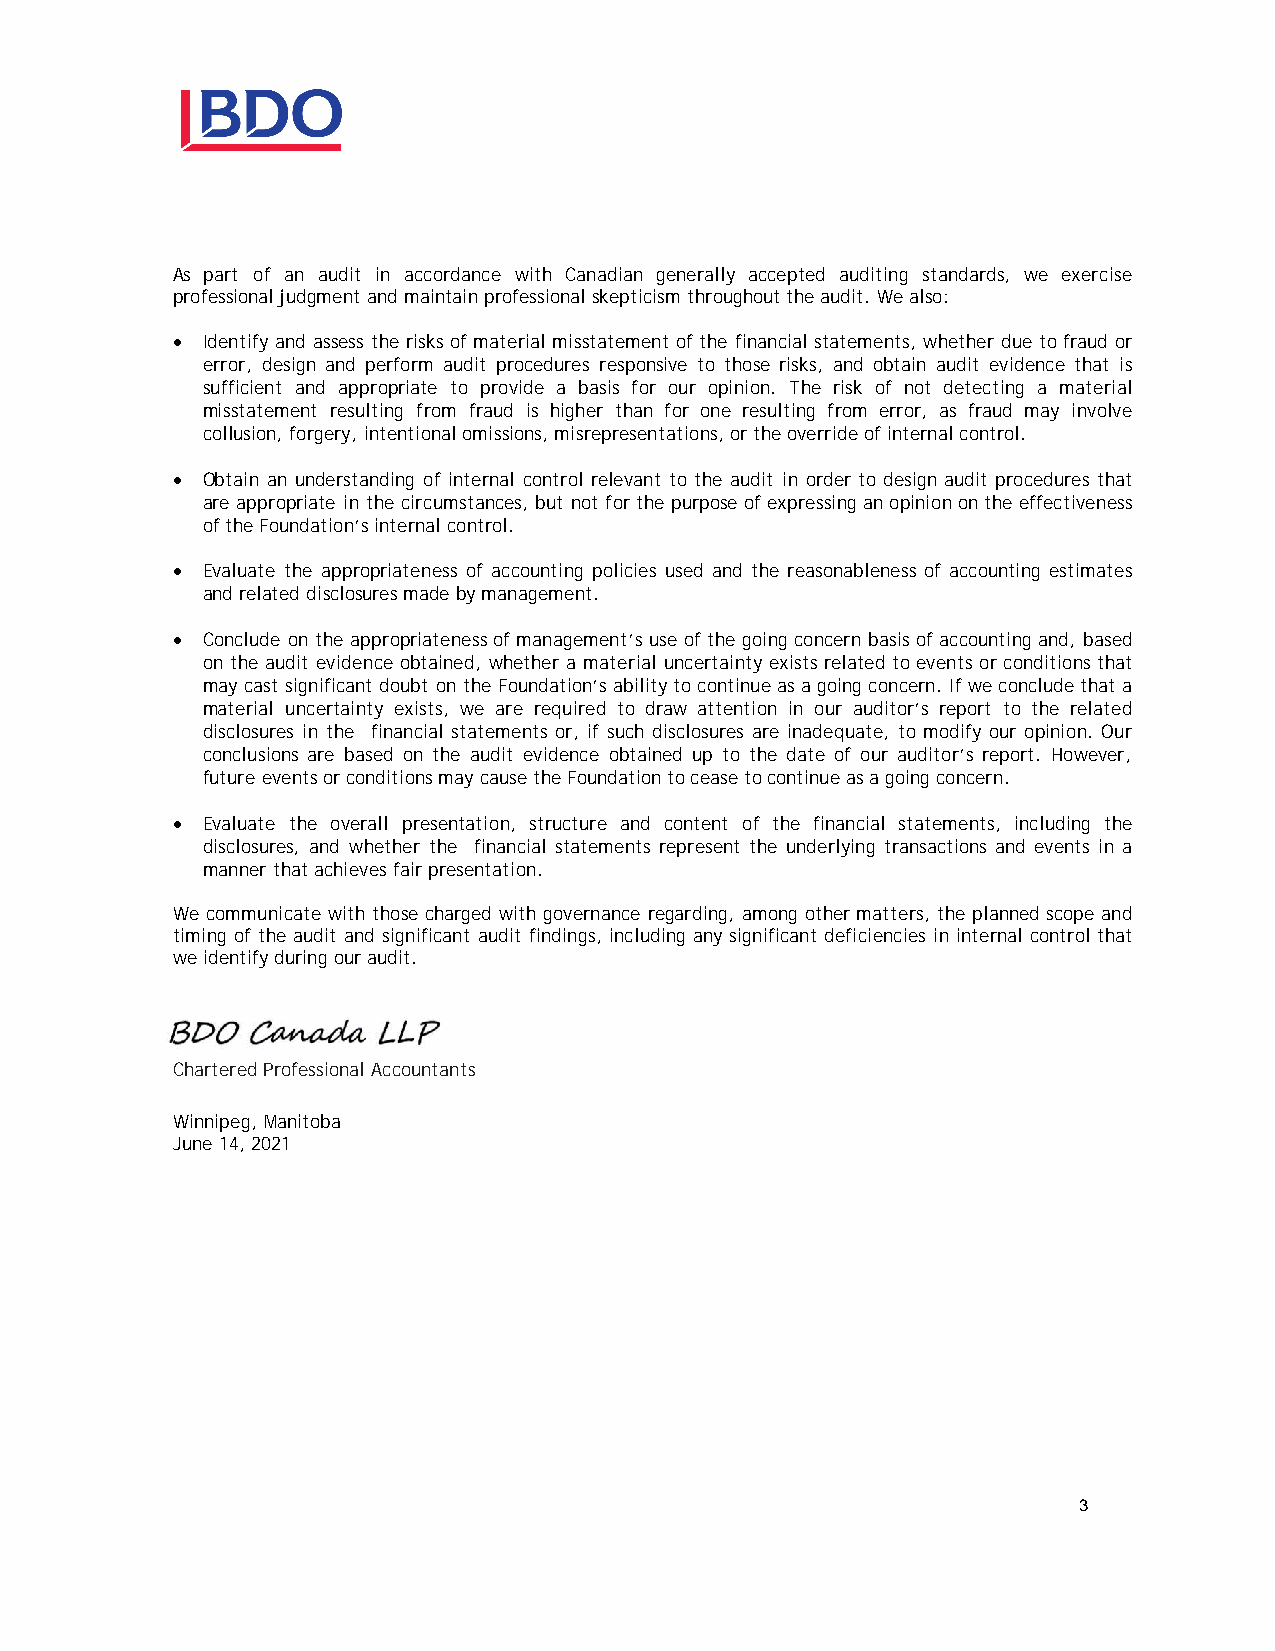
As part of an audit in accordance with Canadian generally accepted auditing standards, we exercise
 professional judgment and maintain professional skepticism throughout the audit. We also:
 · Identify and assess the risks of material misstatement of the financial statements, whether due to fraud or
 error, design and perform audit procedures responsive to those risks, and obtain audit evidence that is
 sufficient and appropriate to provide a basis for our opinion. The risk of not detecting a material
 misstatement resulting from fraud is higher than for one resulting from error, as fraud may involve
 collusion, forgery, intentional omissions, misrepresentations, or the override of internal control.
 · Obtain an understanding of internal control relevant to the audit in order to design audit procedures that
 are appropriate in the circumstances, but not for the purpose of expressing an opinion on the effectiveness
 of the Foundation’s internal control.
 · Evaluate the appropriateness of accounting policies used and the reasonableness of accounting estimates
 and related disclosures made by management.
 · Conclude on the appropriateness of management’s use of the going concern basis of accounting and, based
 on the audit evidence obtained, whether a material uncertainty exists related to events or conditions that
 may cast significant doubt on the Foundation’s ability to continue as a going concern. If we conclude that a
 material uncertainty exists, we are required to draw attention in our auditor’s report to the related
 disclosures in the financial statements or, if such disclosures are inadequate, to modify our opinion. Our
 conclusions are based on the audit evidence obtained up to the date of our auditor’s report. However,
 future events or conditions may cause the Foundation to cease to continue as a going concern.
 · Evaluate the overall presentation, structure and content of the financial statements, including the
 disclosures, and whether the financial statements represent the underlying transactions and events in a
 manner that achieves fair presentation.
 We communicate with those charged with governance regarding, among other matters, the planned scope and
 timing of the audit and significant audit findings, including any significant deficiencies in internal control that
 we identify during our audit.
 Chartered Professional Accountants
 Winnipeg, Manitoba
 June 14, 2021
 3